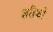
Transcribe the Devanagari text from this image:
शरीफों